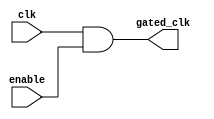
module conditional_clock_gating (
    input wire clk,          // Primary clock signal
    input wire enable,       // Enable signal for clock gating
    output wire gated_clk    // Gated clock output
);

// Gating logic: Use an AND gate to control the gated clock output
assign gated_clk = clk & enable;

endmodule